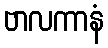
ဗာလကာနံ